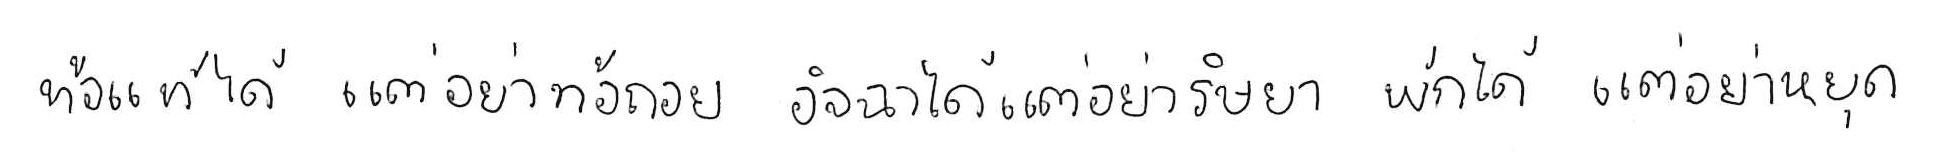
ท้อแท้ได้ แต่อย่าท้อถอย อิจฉาได้ แต่อย่าริษยา พักได้ แต่อย่าหยุด